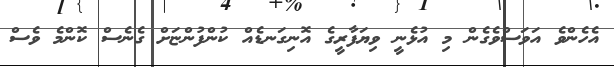
އެހެންވެ އަވަސްވެގެން މި އުޅެނީ ވިޔަފާރީގެ އޮނިގަނޑެއް ކުންފުންޏަށް ގެނެސް ކޮންމެ ވެސް